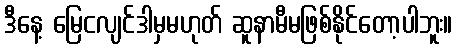
ဒီနေ့ မြေငလျင်ဒါမှမဟုတ် ဆူနာမီမဖြစ်နိုင်တော့ပါဘူး။